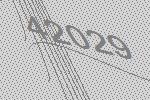
42029